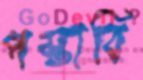
পস্তাবি